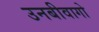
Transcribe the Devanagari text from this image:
उनबीवागो